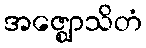
အဇ္ဈောသိတံ